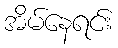
အိမ်နေရင်း